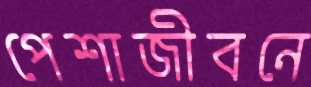
পেশাজীবনে